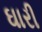
ઘારી